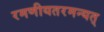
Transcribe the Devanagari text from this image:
रमणीयतरमन्यत्